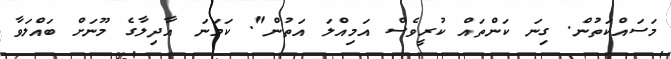
މަސައްކަތުން. ގިނަ ކަންތައް ކުރީވެސް އަމިއްލަ އަތުން". ކަމަނަ އާދިލާގެ މޫނަށް ބައްލަވާ